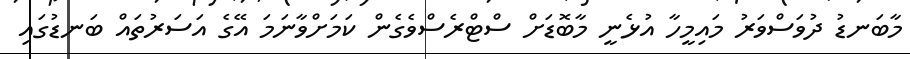
މާބަނޑު ދުވަސްވަރު މައިމީހާ އުޅެނީ މާބޮޑަށް ސްޓްރެސްވެގެން ކަމަށްވާނަމަ އޭގެ އަސަރުތައް ބަނޑުގައި